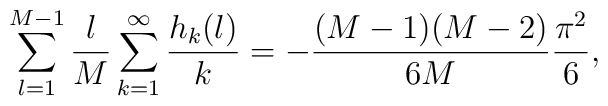
\sum_{l=1}^{M-1}{l\over M}\sum_{k=1}^\infty{h_k(l)\over k}= -{(M-1)(M-2)\over6M}{\pi^2\over6},